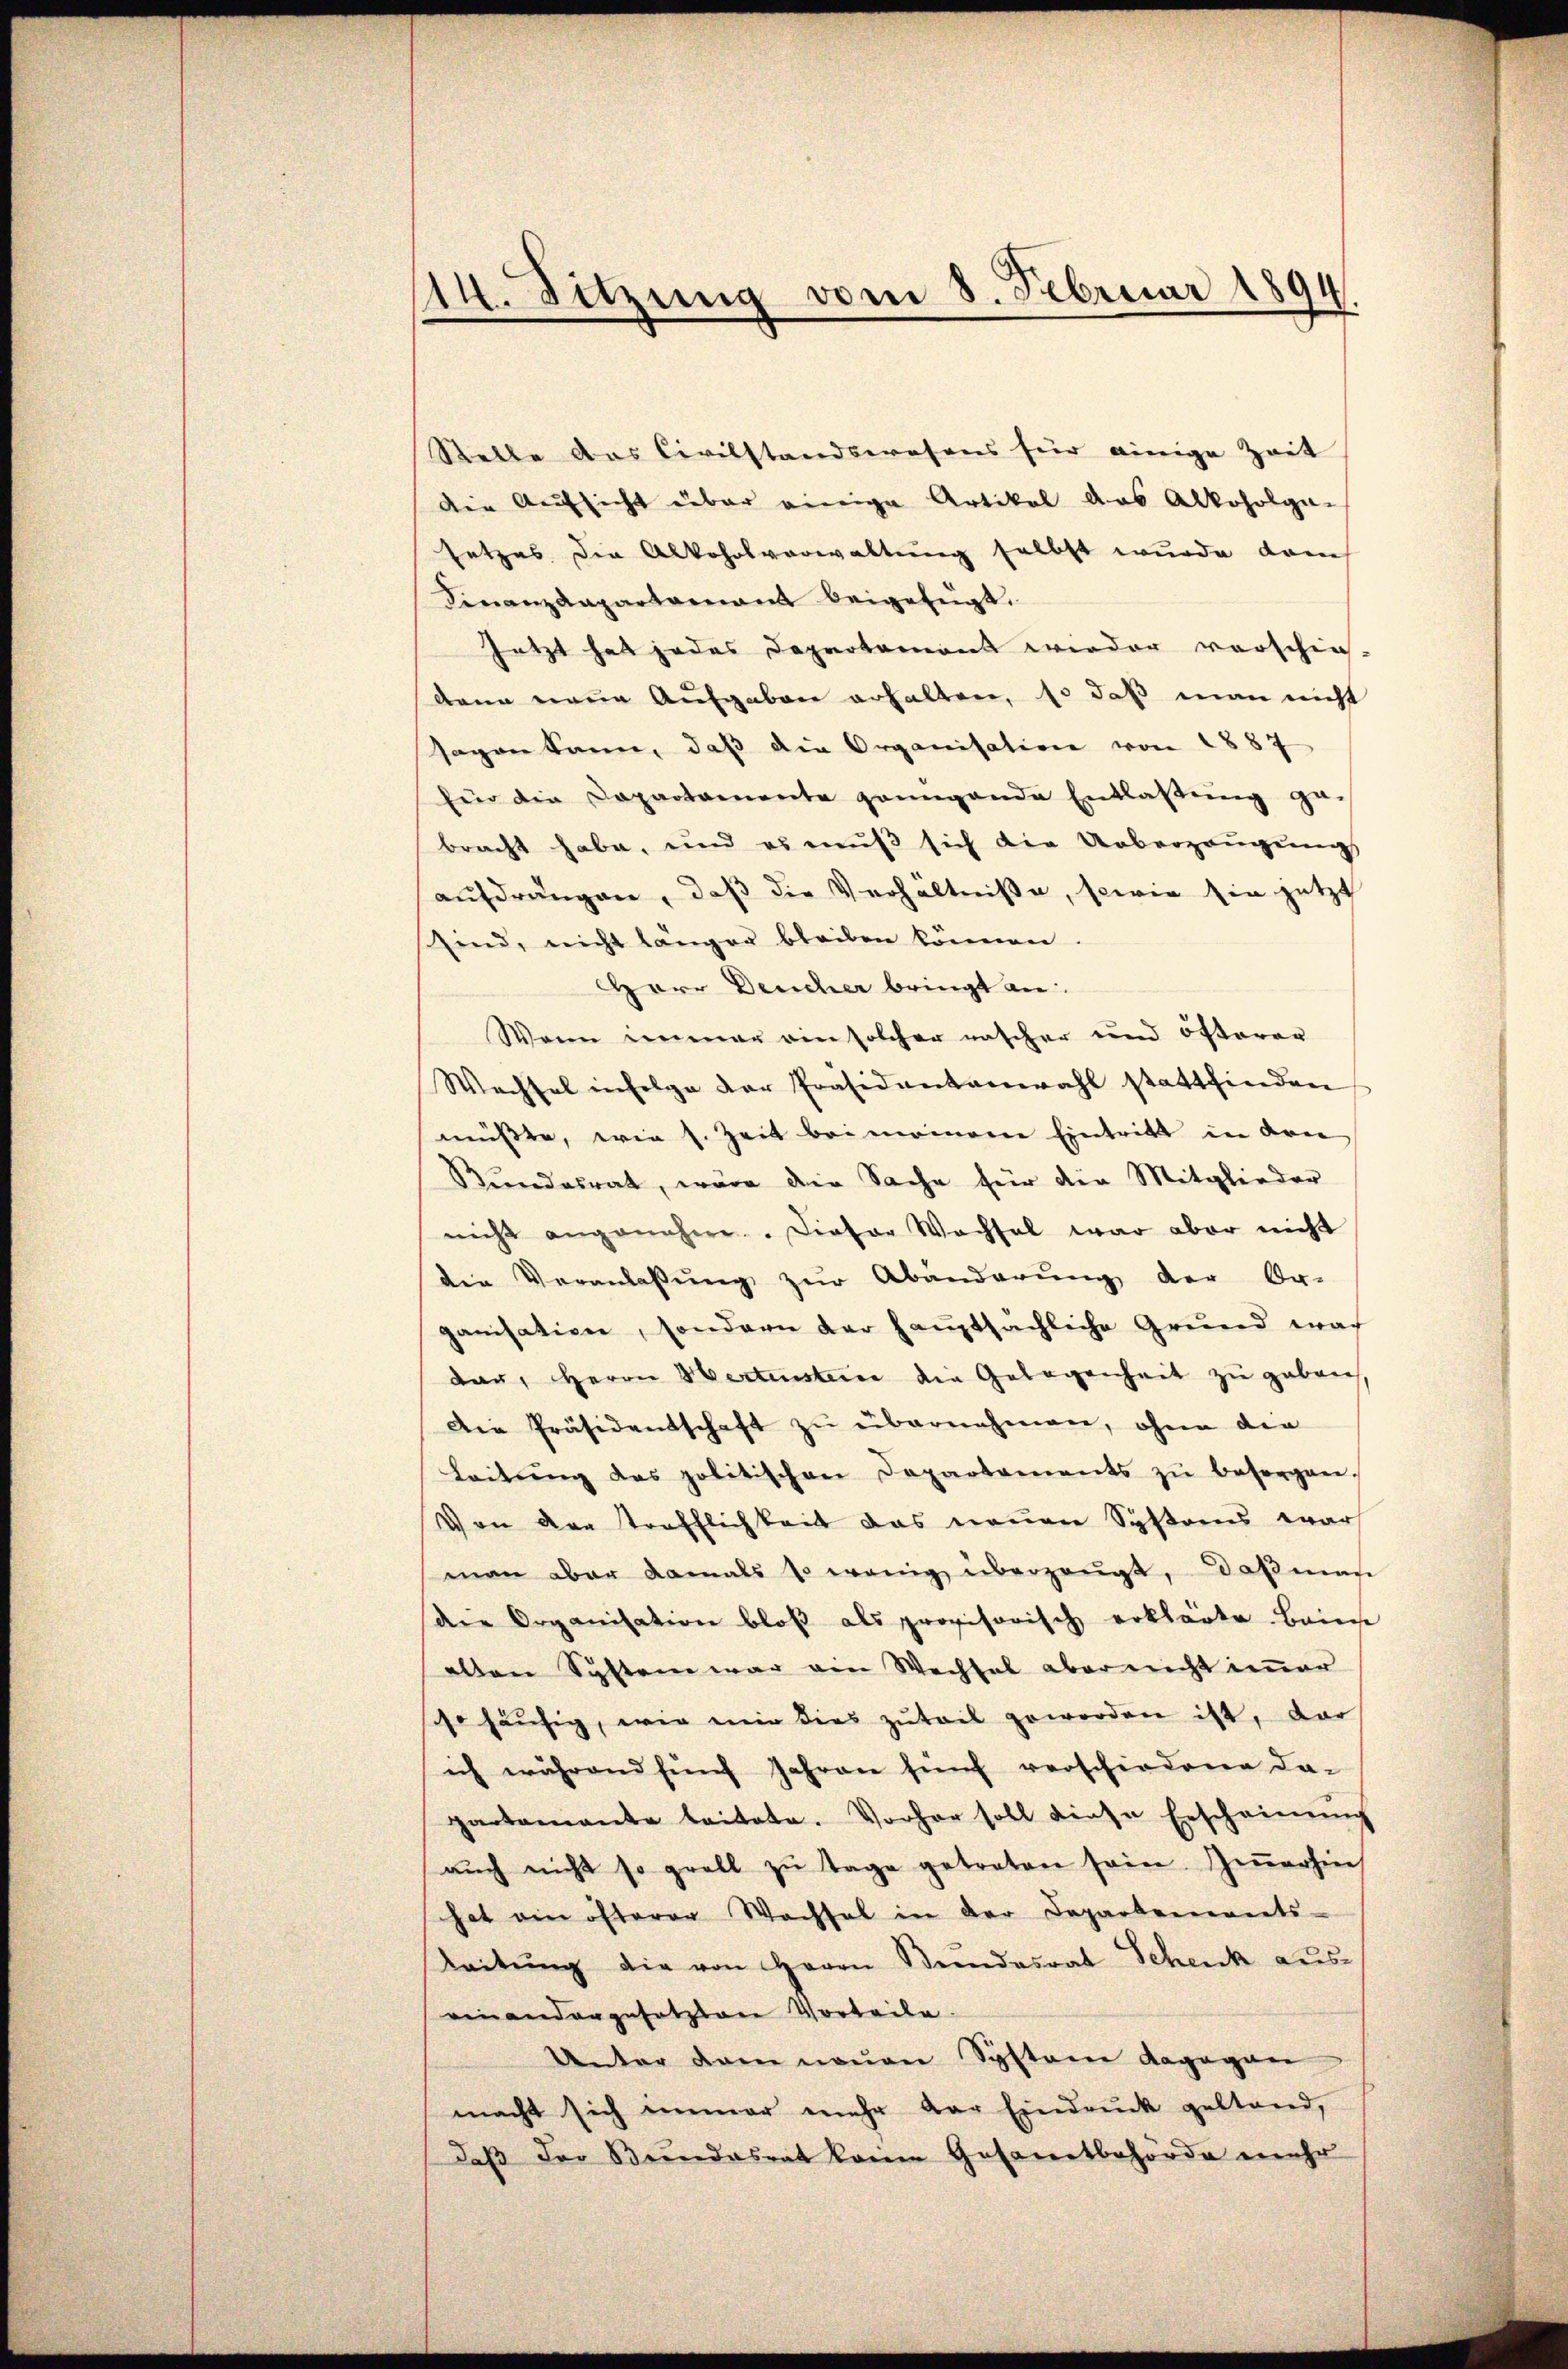
14. Sitzung vom 8. Februar 1894.

Stelle das Civilstandswesens für einige Zeit
die Aufsicht über einige Artikel das Alkoholga-
setzes die Alkoholverwaltung selbst wurde danch
Finanzdepartamant beigefügt.
Jetzt hat jedes Departement wieder vorschie-
denn neue Aufgaben erhalten, so daß man nicht
sagen kann, daß die Organisation von 1887
für die Departamente pringende Entlaßung gebracht habe, und es muß sich die Ueberzeugung
aufdrängen, daß die Verhältniße, sowie sie jetzt
sind, nicht länger bleiben können.
Herr Deucher bringt an
Wenn immer ein solcher rascher und öfterer
Wechsel infolge der Präsidentenwahl stattfinden
müsste, wie s. Zeit bei meinem Eintritt in drei
Rŭndesrat, wäre der Sache für die Mitglieder
nicht angenehme. Dieser Wachsel war aber nicht
die Veranlassŭng zŭr Abänderŭng der Or-
ganisation, sondern der hauptsächliche Grund wach
dau, Herrn Wertenstein die Gelegenheit zu geben
Die Präsidentschaft zŭ übernehmen, ohne die
Leitŭng des politischen Departaments zŭ besorgen.
Von der trefflichkeit das neuen Systems wars
man aber damals so wenig überzeugt, daß man
der Organisation bloß als provisorisch erklärte. Bainst
allen System war ein Wechsel aber nicht immer
cho häufig, wie mir dies zuteil geworden ist, dar
ich während fünf Jahren fünf verschiedene da-
partamante leitete. Vorher soll diese Erscheinŭng
aŭch nicht so groll zŭ tage getreten sein. Ziṁerhin
hat ein öfterer Wachsel in der Departements-
Leitŭng die von Herrn Bendesrat Schenk aus
einandergesetzten Vorteile.
Unter dem neuen Systeme dagegen
macht sich immer mehr der Eindruck gestand,
daβ der Stundesrat keine Gesamtbehörde mehr